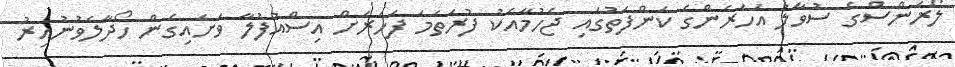
ލޯރަންސްގެ ސުވާލު އަހަރެންގެ ކަންފަތުގައި ޖެހުމާއެކު ފުރަތަމަ ފަހަރަށް އިސްއުފުލާ ވަށައިގެން ހޯދާލެވުނުއިރު